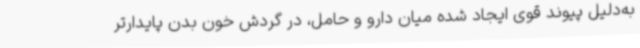
به‌دلیل پیوند قوی ایجاد شده میان دارو و حامل، در گردش خون بدن پایدارتر